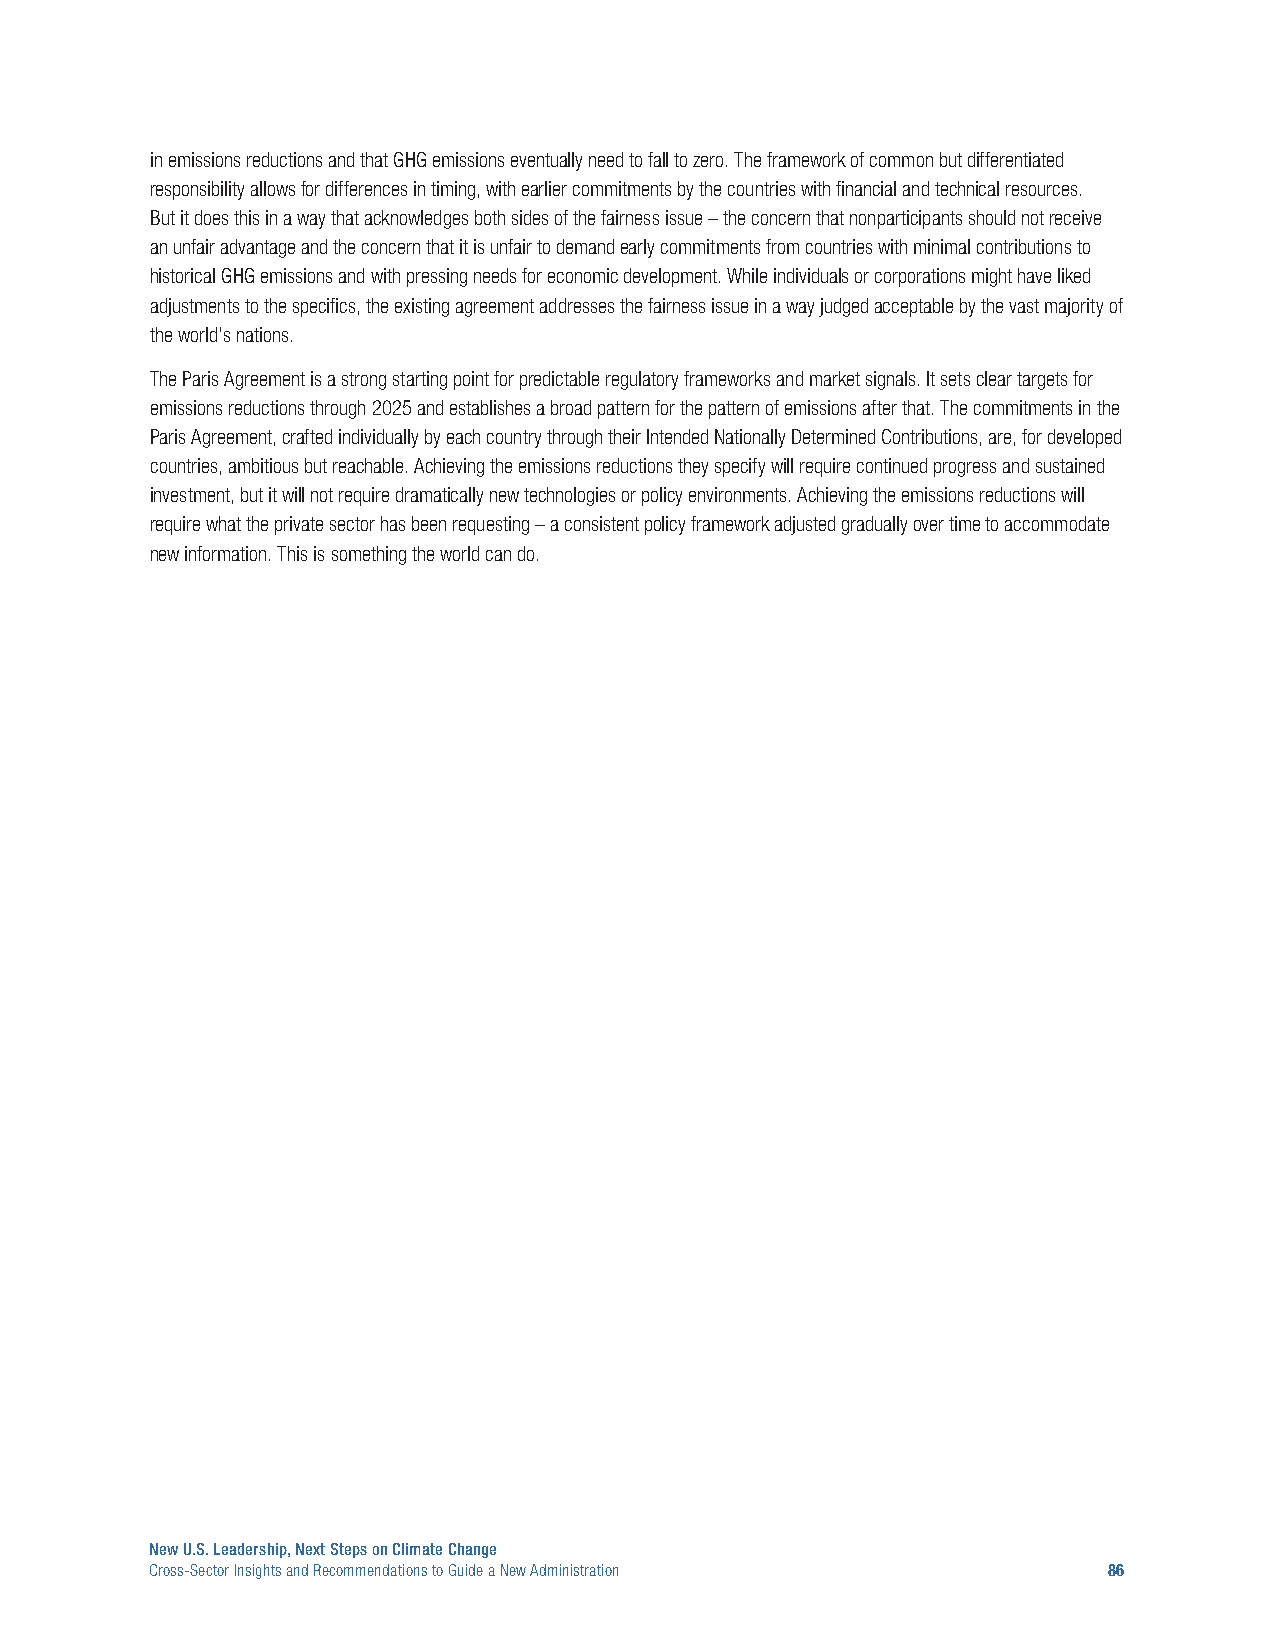
in emissions reductions and that GHG emissions eventually need to fall to zero. The framework of common but differentiated
 responsibility allows for differences in timing, with earlier commitments by the countries with financial and technical resources.
 But it does this in a way that acknowledges both sides of the fairness issue – the concern that nonparticipants should not receive
 an unfair advantage and the concern that it is unfair to demand early commitments from countries with minimal contributions to
 historical GHG emissions and with pressing needs for economic development. While individuals or corporations might have liked
 adjustments to the specifics, the existing agreement addresses the fairness issue in a way judged acceptable by the vast majority of
 the world’s nations.
 The Paris Agreement is a strong starting point for predictable regulatory frameworks and market signals. It sets clear targets for
 emissions reductions through 2025 and establishes a broad pattern for the pattern of emissions after that. The commitments in the
 Paris Agreement, crafted individually by each country through their Intended Nationally Determined Contributions, are, for developed
 countries, ambitious but reachable. Achieving the emissions reductions they specify will require continued progress and sustained
 investment, but it will not require dramatically new technologies or policy environments. Achieving the emissions reductions will
 require what the private sector has been requesting – a consistent policy framework adjusted gradually over time to accommodate
 new information. This is something the world can do.
 New U.S. Leadership, Next Steps on Climate Change
 Cross-Sector Insights and Recommendations to Guide a New Administration 86